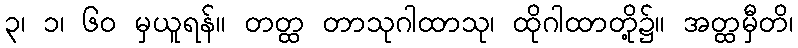
၃၊ ၁၊ ၆၀ မှယူရန်။ တတ္ထ တာသုဂါထာသု၊ ထိုဂါထာတို့၌။ အတ္ထမှီတိ၊